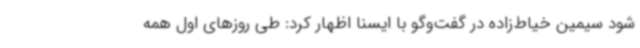
شود سیمین خیاط‌زاده در گفت‌وگو با ایسنا اظهار کرد: طی روزهای اول همه